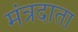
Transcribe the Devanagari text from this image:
मंत्रदाता